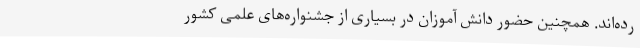
رده‌اند. همچنین حضور دانش آموزان در بسیاری از جشنواره‌های علمی کشور